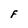
Character: F